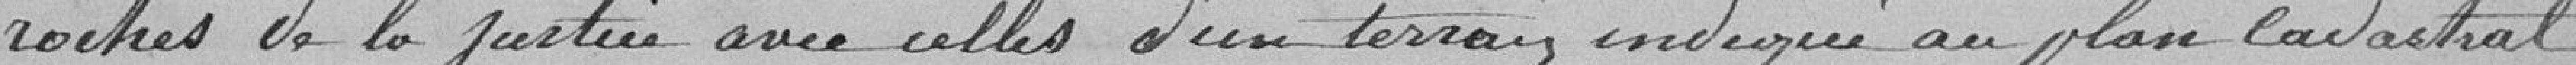
roches de la Justice avec celles d'un terrain indiqué au plan cadastral